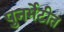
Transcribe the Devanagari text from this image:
पुनर्भेटीत